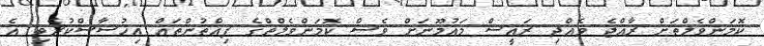
ކޮމަންވެލްތަށް ރާއްޖެ ވެއްދި ރައީސް މައުމޫނަށް ވެސް ކޮމަންވެލްތްގެ ފިއްތުންތައް އިހުސާސްކުރެވި އެ